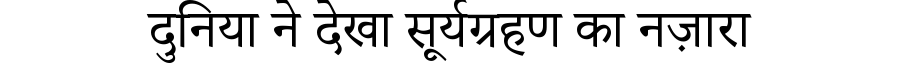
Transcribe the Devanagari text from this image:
दुनिया ने देखा सूर्यग्रहण का नज़ारा